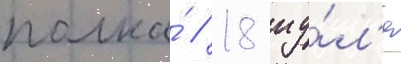
полка́ // 18 иу́л'я